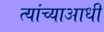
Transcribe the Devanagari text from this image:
त्यांच्याआधी